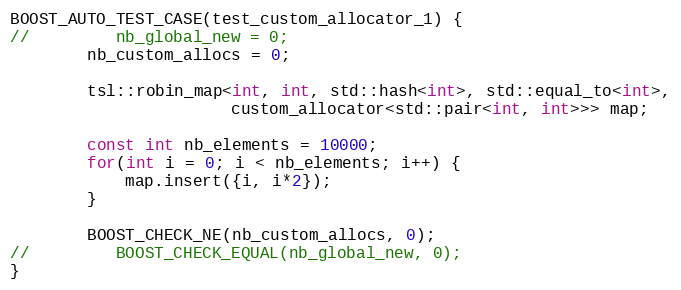
Language: C++
BOOST_AUTO_TEST_CASE(test_custom_allocator_1) {
//         nb_global_new = 0;
        nb_custom_allocs = 0;

        tsl::robin_map<int, int, std::hash<int>, std::equal_to<int>,
                       custom_allocator<std::pair<int, int>>> map;

        const int nb_elements = 10000;
        for(int i = 0; i < nb_elements; i++) {
            map.insert({i, i*2});
        }

        BOOST_CHECK_NE(nb_custom_allocs, 0);
//         BOOST_CHECK_EQUAL(nb_global_new, 0);
}